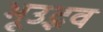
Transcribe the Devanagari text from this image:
भूउद्भव